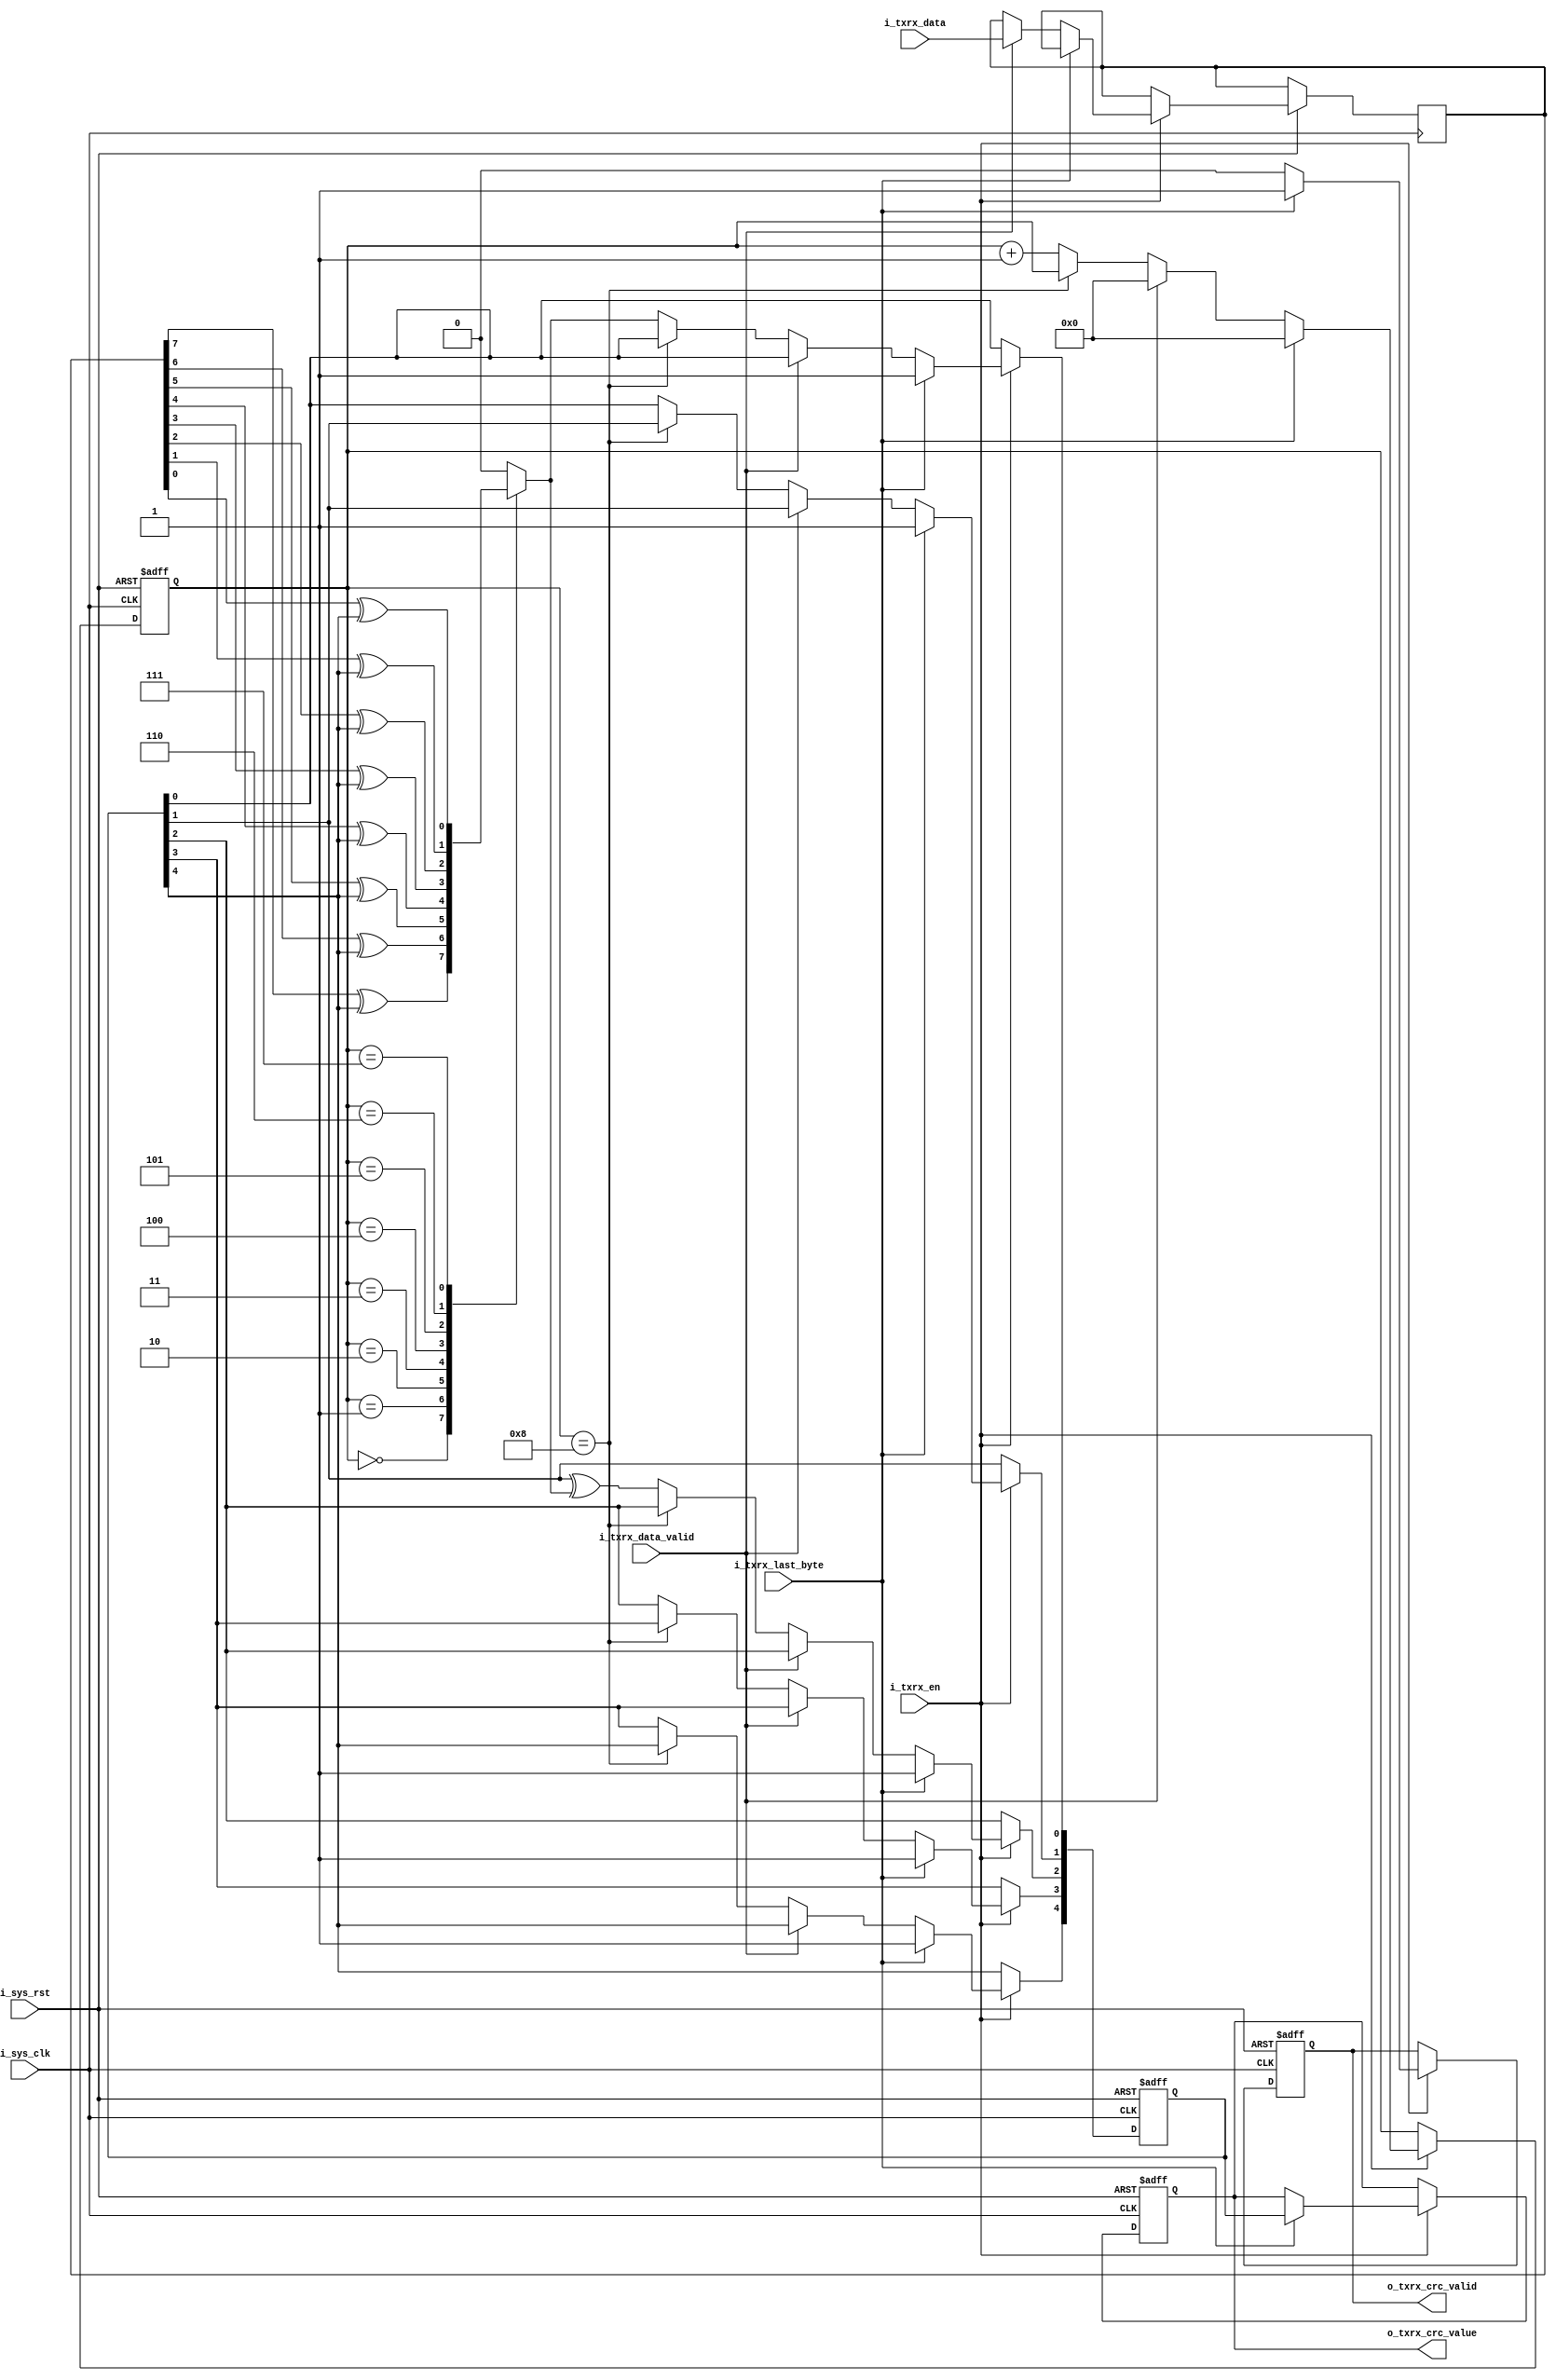
module crc (
    input 		wire 		i_sys_clk,
    input 		wire 		i_sys_rst,
    input 		wire 		i_txrx_en,
	input       wire        i_txrx_data_valid,
	input 		wire 		i_txrx_last_byte,
    input 		wire [7:0]  i_txrx_data,
    output 		reg  [4:0]  o_txrx_crc_value,
    output 		reg 		o_txrx_crc_valid
);


parameter POLY = 6'b100101;
parameter POLY_WIDTH = 6;
parameter seed = 6'b011111;



reg [POLY_WIDTH-2:0] shift_reg ;
reg [3:0] counter;
reg feedback;
reg [7:0] temp;
 



always @(posedge i_sys_clk or negedge i_sys_rst) begin
    if (!i_sys_rst) begin
        
        shift_reg <= seed;
        counter   <= 'd0;
        o_txrx_crc_valid <= 'd0;
		o_txrx_crc_value <= 'd0;
		end 
	
	else	begin
		 if (i_txrx_en)
			begin
			if (i_txrx_last_byte)
				begin
					counter <= 'd0;
					o_txrx_crc_valid <= 'd1;
					o_txrx_crc_value <= shift_reg [4:0];
					shift_reg <= seed;
					
				end
			else if (i_txrx_data_valid)
				begin
					temp <= i_txrx_data;
					o_txrx_crc_valid <= 'd0;
					counter <= 'd0;
				end
				
			else 
				begin 
				if (counter == 'd8)
					begin
					//	counter <= 'd0;
						o_txrx_crc_valid <= 'd0;
					end
				else 
					begin 
						shift_reg[4] <= shift_reg[3]  ;     
						shift_reg[3] <= shift_reg[2] 			; 
						shift_reg[2] <= shift_reg[1] ^ feedback ;
						shift_reg[1] <= shift_reg[0] ;
						shift_reg[0] <= feedback ;
						counter <= counter + 'd1;
						o_txrx_crc_valid <= 'd0;
					end
					
				
				end
				
			end
			
			
		/*else
				begin
						counter <= 'd0;
						o_txrx_crc_valid <= 'd0;
						shift_reg <= POLY;
				end*/
				
				
				
		
		end
		
	end
	
	
	




always @(*) begin
 
	 case (counter) 
	'd0:	feedback = temp[7] ^ shift_reg[4] ;
	'd1:	feedback = temp[6] ^ shift_reg[4] ;
	'd2:	feedback = temp[5] ^ shift_reg[4] ;
	'd3:	feedback = temp[4] ^ shift_reg[4] ;
	'd4:	feedback = temp[3] ^ shift_reg[4] ;
	'd5:	feedback = temp[2] ^ shift_reg[4] ;
	'd6:	feedback = temp[1] ^ shift_reg[4] ;
	'd7:	feedback = temp[0] ^ shift_reg[4] ;
	
	default : feedback = 'b0;
	
	endcase
	
	end






endmodule